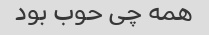
همه چی حوب بود